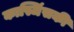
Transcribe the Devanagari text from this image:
कास्जिंसकी